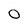
Character: O